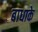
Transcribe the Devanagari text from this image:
बाधाके